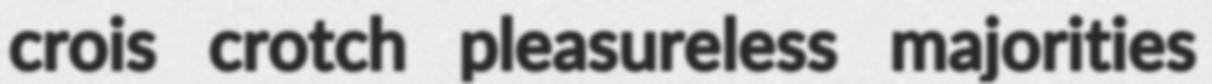
crois crotch pleasureless majorities